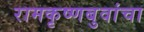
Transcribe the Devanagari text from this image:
रामकृष्णबुवांचा